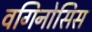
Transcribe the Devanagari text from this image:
वगिनोसिस